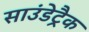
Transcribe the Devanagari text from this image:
साउंडेट्रैक